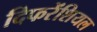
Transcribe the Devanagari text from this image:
दिफरेंशियल